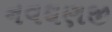
નવઘણજી